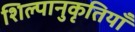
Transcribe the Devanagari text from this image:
शिल्पानुकृतियाँ